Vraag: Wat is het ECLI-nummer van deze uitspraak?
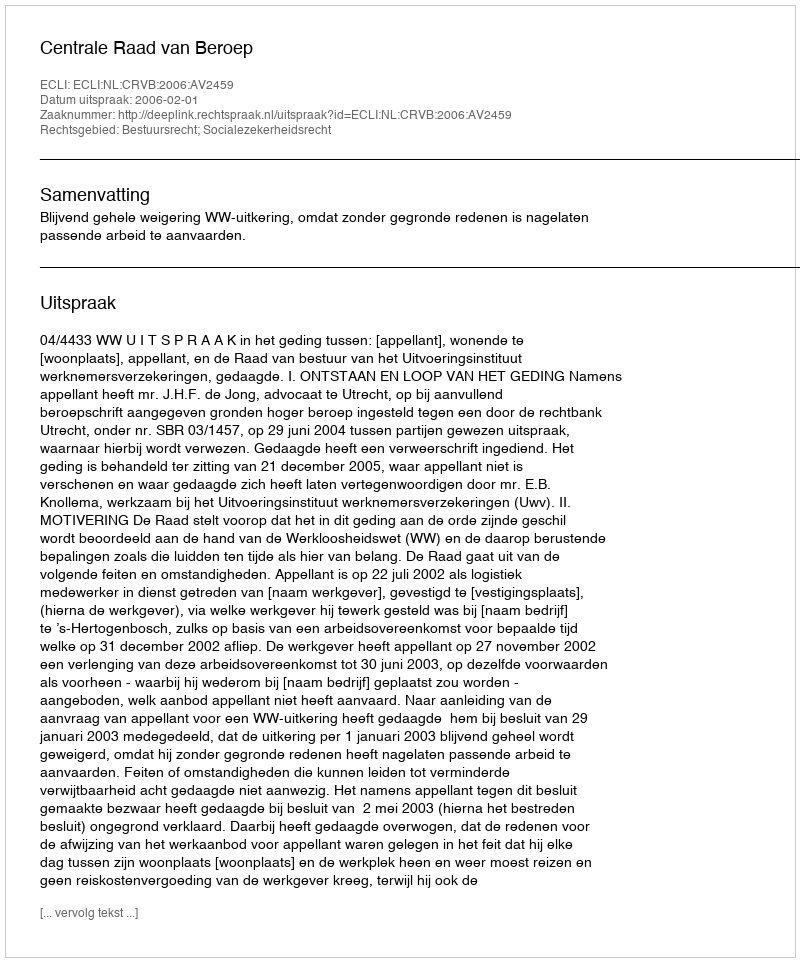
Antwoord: ECLI:NL:CRVB:2006:AV2459